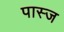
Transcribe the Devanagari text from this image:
पास्ज